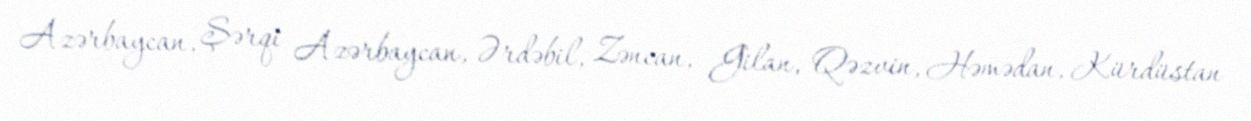
Azərbaycan, Şərqi Azərbaycan, Ərdəbil, Zəncan, Gilan, Qəzvin, Həmədan, Kürdüstan